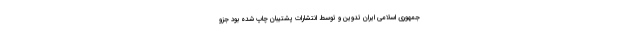
جمهوری اسلامی ایران تدوین و توسط انتشارات پشتیبان چاپ شده بود جزو